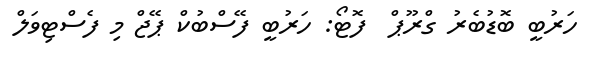
ހަރުބީ ބޮޑުބެރު ގްރޫޕް  ފޮޓޯ: ހަރުބީ ފޭސްބުކް ޕޭޖް މި ފެސްޓިވަލް